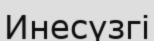
Инесүзгі